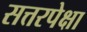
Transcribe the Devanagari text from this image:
सत्तरपेक्षा